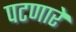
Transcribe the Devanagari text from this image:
पटणारे